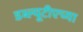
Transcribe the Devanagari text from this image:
डब्ल्यूटीएच्या